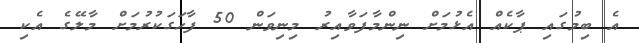
އެ ބިމުގައި ޕާކެއް އެޅުމަށް ނިންމާފަވާއިރު މިނިވަން 50 ފާހަގަކުރުމަށް މާލޭގެ އެކި